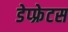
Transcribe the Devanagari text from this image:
डेप्फ्रेटस